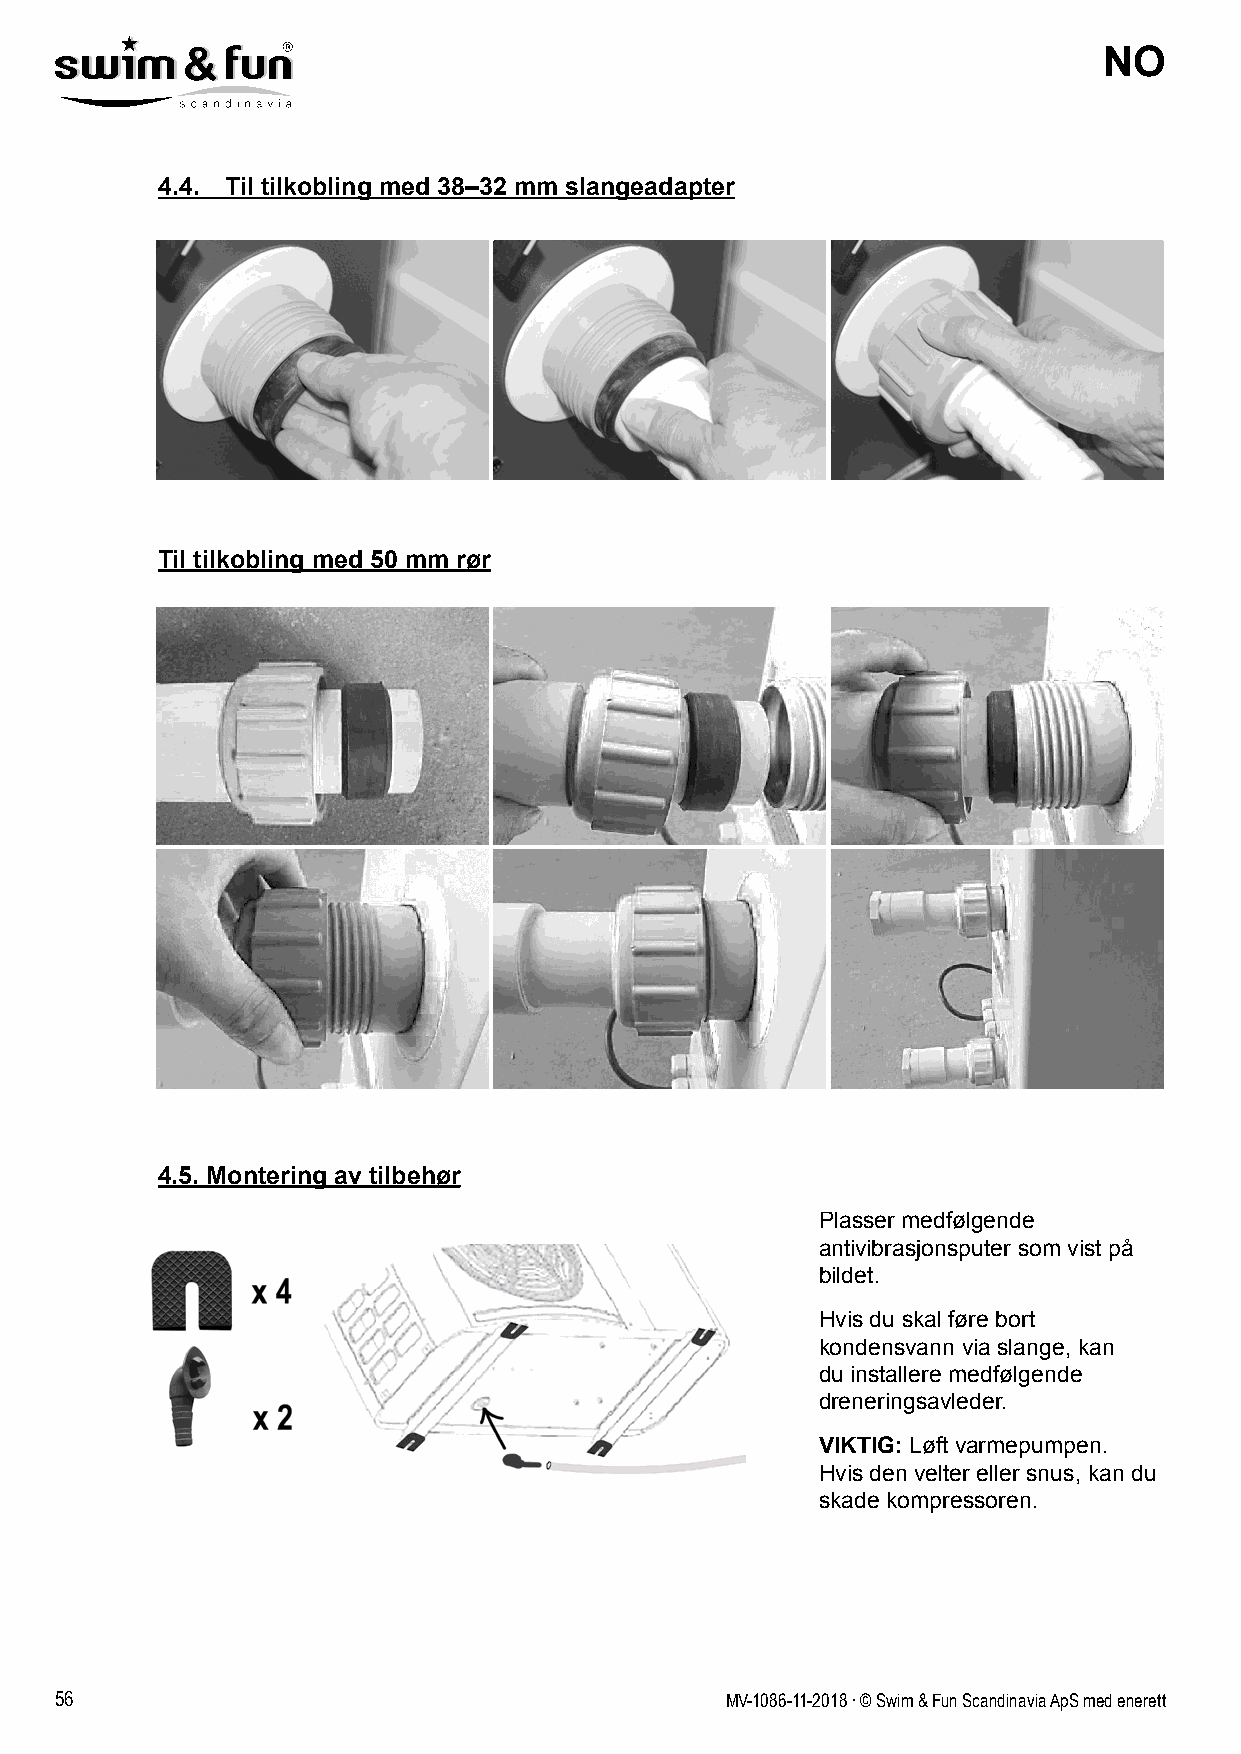
NO
 4.4. Til tilkobling med 38–32 mm slangeadapter
 Til tilkobling med 50 mm rør
 4.5. Montering av tilbehør
 Plasser medfølgende
 antivibrasjonsputer som vist på
 bildet.
 Hvis du skal føre bort
 kondensvann via slange, kan
 du installere medfølgende
 dreneringsavleder.
 VIKTIG: Løft varmepumpen.
 Hvis den velter eller snus, kan du
 skade kompressoren.
 56                                          MV-1086-11-2018 . © Swim & Fun Scandinavia ApS med enerett